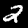
Digit: 2